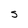
Character: S